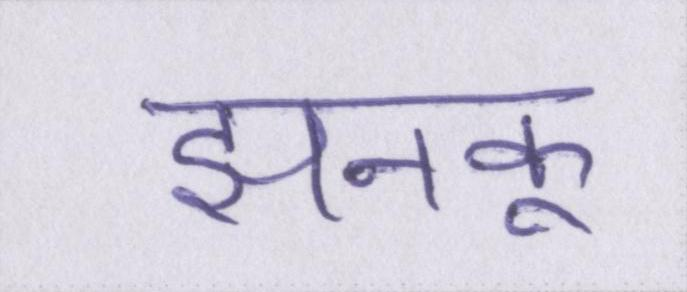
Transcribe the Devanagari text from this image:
झनकू